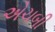
એચબી